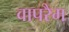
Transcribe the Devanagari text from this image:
वापरैम